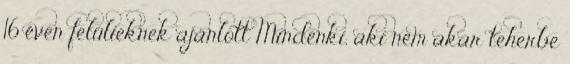
16 éven felülieknek ajánlott Mindenki, aki nem akar teherbe